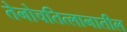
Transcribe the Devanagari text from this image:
तेनोचतित्लानातील